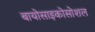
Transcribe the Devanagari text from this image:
बायोसाइकोसोशल